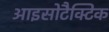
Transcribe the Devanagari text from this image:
आइसोटैक्टिक